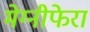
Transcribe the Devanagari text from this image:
मेग्‍नीफेरा